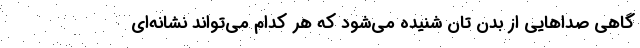
گاهی صدا‌هایی از بدن تان شنیده می‌شود که هر کدام می‌تواند نشانه‌ای